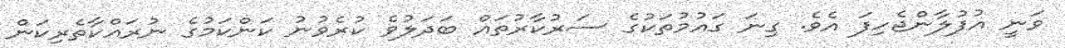
ވަނީ އުފުލާންޖެހިފަ އެވެ. ގިނަ ގައުމުތަކުގެ ސަރުކާރުތައް ބަދަލުވެ ކުރެވުނު ކަންކަމުގެ ނުރައްކާތެރިކަން